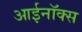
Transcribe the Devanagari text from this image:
आईनॉक्स